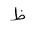
Letter: _za